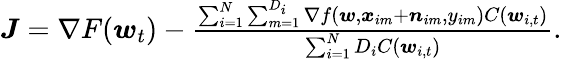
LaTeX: \begin{array}{r}{\boldsymbol{J}=\nabla F(\boldsymbol{w}_{t})-\frac{\sum_{i=1}^{N}\sum_{m=1}^{D_{i}}\nabla f(\boldsymbol{w},\boldsymbol{x}_{im}+\boldsymbol{n}_{im},y_{im})C(\boldsymbol{w}_{i,t})}{\sum_{i=1}^{N}D_{i}C(\boldsymbol{w}_{i,t})}.}\end{array}